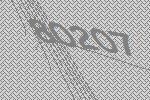
80207